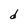
Character: d